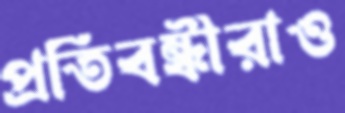
প্রতিবন্ধীরাও